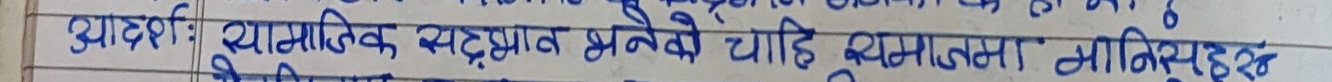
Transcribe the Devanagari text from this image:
आदर्शः सामाजिक सङ्घर्ष बनेको चाहि व्यवस्थामा मानिसहरु